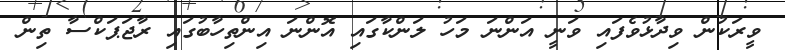
ވީރަކުން ވިދާޅުވެފައި ވަނީ އަންނަ މަހު ލަންކާގައި އޮންނަ އިންތިހާބުގައި ރާޖަޕަކްސާ ތިން